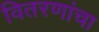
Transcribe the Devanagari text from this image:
वितरणांचा